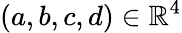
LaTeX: (a,b,c,d)\in\mathbb{R}^{4}